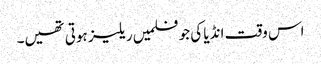
اس وقت انڈیا کی جو فلمیں ریلیز ہوتی تھیں۔